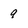
Character: 9